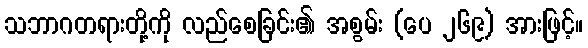
သဘာဂတရားတို့ကို လည်စေခြင်း၏ အစွမ်း (ပေ ၂၆၉) အားဖြင့်။